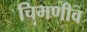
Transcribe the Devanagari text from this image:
चिमणीव